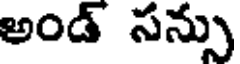
అండ్ సన్సు